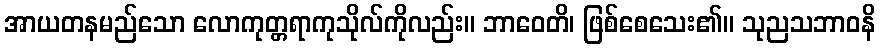
အာယတနမည်သော လောကုတ္တရာကုသိုလ်ကိုလည်း။ ဘာဝေတိ၊ ဖြစ်စေသေး၏။ သုညသဘာဝနိ